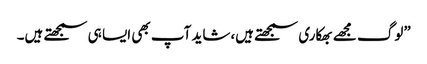
”لوگ مجھے بھکاری سمجھتے ہیں،شاید آپ بھی ایسا ہی سمجھتے ہیں۔